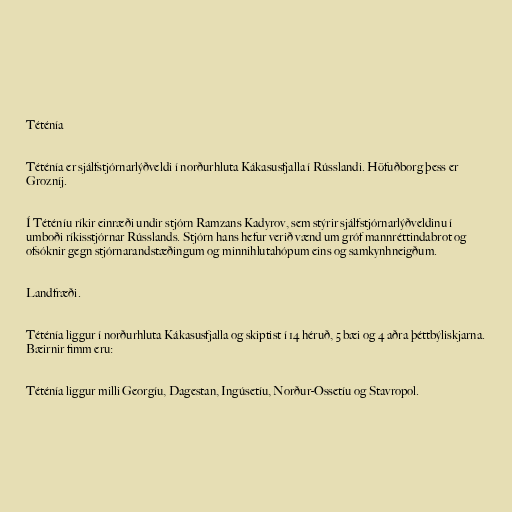
Téténía

Téténía er sjálfstjórnarlýðveldi í norðurhluta Kákasusfjalla í Rússlandi. Höfuðborg þess er
Grozníj.

Í Téténíu ríkir einræði undir stjórn Ramzans Kadyrov, sem stýrir sjálfstjórnarlýðveldinu í
umboði ríkisstjórnar Rússlands. Stjórn hans hefur verið vænd um gróf mannréttindabrot og
ofsóknir gegn stjórnarandstæðingum og minnihlutahópum eins og samkynhneigðum.

Landfræði.

Téténía liggur í norðurhluta Kákasusfjalla og skiptist í 14 héruð, 5 bæi og 4 aðra þéttbýliskjarna.
Bæirnir fimm eru:

Téténía liggur milli Georgíu, Dagestan, Ingúsetíu, Norður-Ossetíu og Stavropol.